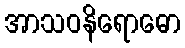
အာသဝနိရောဓော